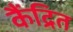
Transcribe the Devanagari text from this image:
कैंद्रित